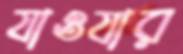
যাওযার